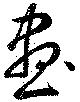
尽